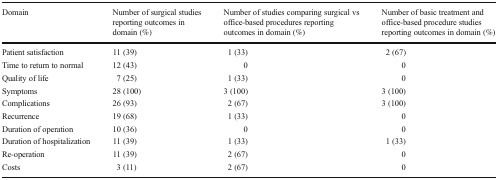
<table><thead><tr><td><b>Domain</b></td><td><b>Number of surgical studies reporting outcomes in domain (%)</b></td><td><b>Number of studies comparing surgical vs office-based procedures reporting outcomes in domain (%)</b></td><td><b>Number of basic treatment and office-based procedure studies reporting outcomes in domain (%)</b></td></tr></thead><tbody><tr><td>Patient satisfaction</td><td>11 (39)</td><td>1 (33)</td><td>2 (67)</td></tr><tr><td>Time to return to normal</td><td>12 (43)</td><td>0</td><td>0</td></tr><tr><td>Quality of life</td><td>7 (25)</td><td>1 (33)</td><td>0</td></tr><tr><td>Symptoms</td><td>28 (100)</td><td>3 (100)</td><td>3 (100)</td></tr><tr><td>Complications</td><td>26 (93)</td><td>2 (67)</td><td>3 (100)</td></tr><tr><td>Recurrence</td><td>19 (68)</td><td>1 (33)</td><td>0</td></tr><tr><td>Duration of operation</td><td>10 (36)</td><td>0</td><td>0</td></tr><tr><td>Duration of hospitalization</td><td>11 (39)</td><td>1 (33)</td><td>1 (33)</td></tr><tr><td>Re-operation</td><td>11 (39)</td><td>2 (67)</td><td>0</td></tr><tr><td>Costs</td><td>3 (11)</td><td>2 (67)</td><td>0</td></tr></tbody></table>